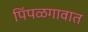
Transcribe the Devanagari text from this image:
पिंपळगावात